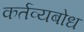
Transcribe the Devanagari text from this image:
कर्तव्यबोध